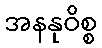
အနနုဝိစ္စ